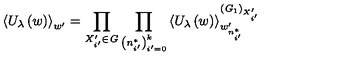
\left\langle U _ { \lambda } \left( w \right) \right\rangle _ { w ^ { \prime } } = \prod _ { X _ { i ^ { \prime } } ^ { \prime } \in { \it G } } \prod _ { \left( n _ { i ^ { \prime } } ^ { * } \right) _ { i ^ { \prime } = 0 } ^ { k } } \left\langle U _ { \lambda } \left( w \right) \right\rangle _ { w _ { n _ { i ^ { \prime } } ^ { * } } ^ { \prime } } ^ { \left( { \it G } _ { 1 } \right) _ { X _ { i ^ { \prime } } ^ { \prime } } }